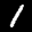
Label: 1